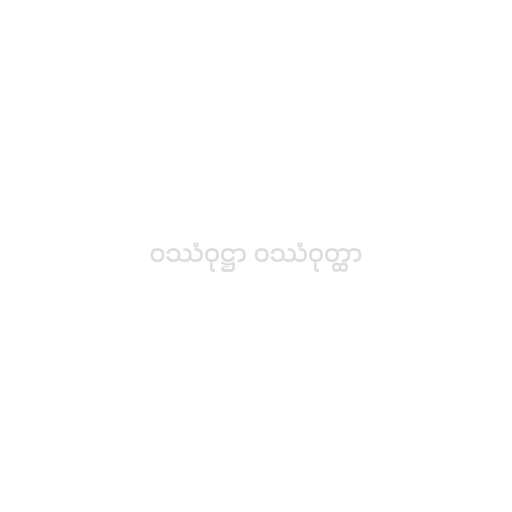
ဝဿံဝုဋ္ဌာ ဝဿံဝုတ္ထာ